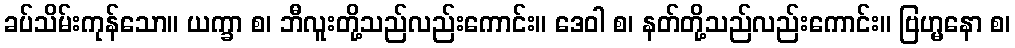
ခပ်သိမ်းကုန်သော။ ယက္ခာ စ၊ ဘီလူးတို့သည်လည်းကောင်း။ ဒေဝါ စ၊ နတ်တို့သည်လည်းကောင်း။ ဗြဟ္မနော စ၊